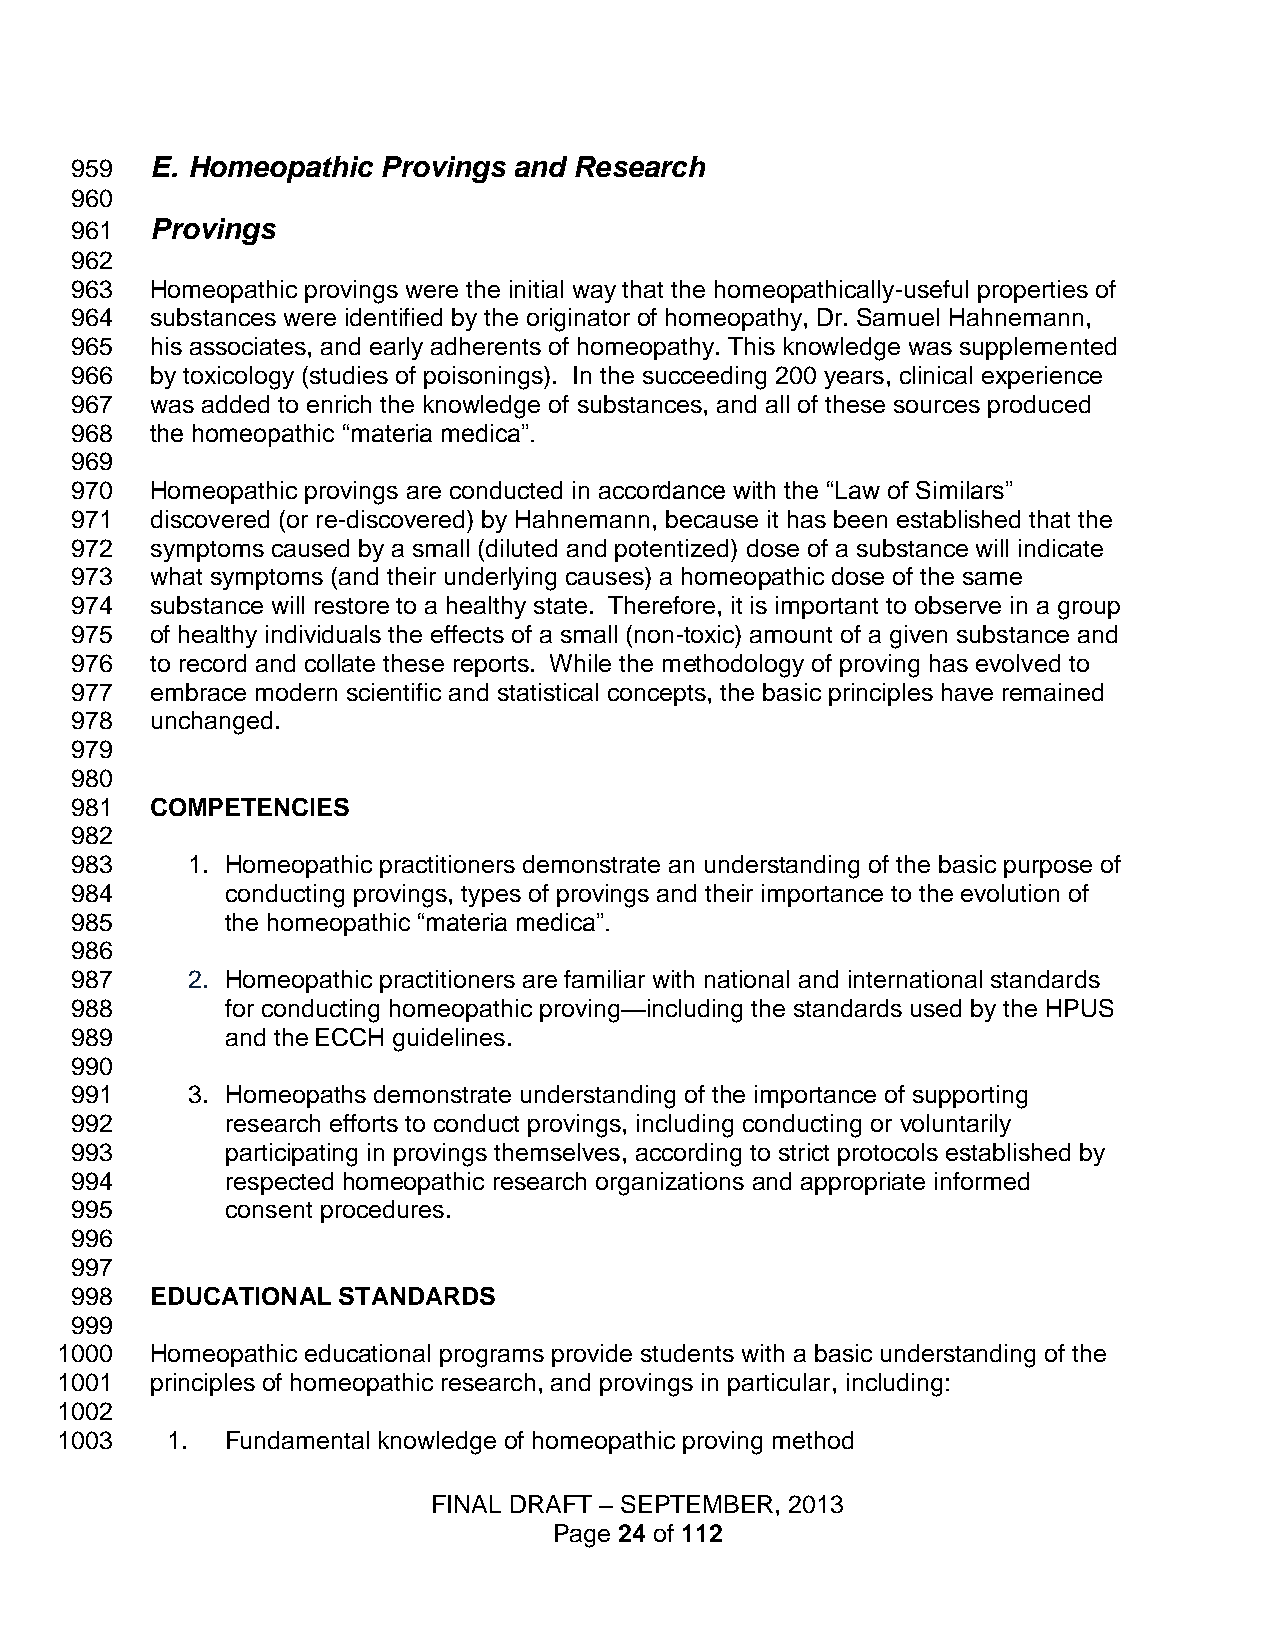
959  E. Homeopathic Provings and Research
 960
 961  Provings
 962
 963  Homeopathic provings were the initial way that the homeopathically-useful properties of
 964  substances were identified by the originator of homeopathy, Dr. Samuel Hahnemann,
 965  his associates, and early adherents of homeopathy. This knowledge was supplemented
 966  by toxicology (studies of poisonings). In the succeeding 200 years, clinical experience
 967  was added to enrich the knowledge of substances, and all of these sources produced
 968  the homeopathic “materia medica”.
 969
 970  Homeopathic provings are conducted in accordance with the “Law of Similars”
 971  discovered (or re-discovered) by Hahnemann, because it has been established that the
 972  symptoms caused by a small (diluted and potentized) dose of a substance will indicate
 973  what symptoms (and their underlying causes) a homeopathic dose of the same
 974  substance will restore to a healthy state. Therefore, it is important to observe in a group
 975  of healthy individuals the effects of a small (non-toxic) amount of a given substance and
 976  to record and collate these reports. While the methodology of proving has evolved to
 977  embrace modern scientific and statistical concepts, the basic principles have remained
 978  unchanged.
 979
 980
 981  COMPETENCIES
 982
 983    1. Homeopathic practitioners demonstrate an understanding of the basic purpose of
 984       conducting provings, types of provings and their importance to the evolution of
 985       the homeopathic “materia medica”.
 986
 987    2. Homeopathic practitioners are familiar with national and international standards
 988       for conducting homeopathic proving—including the standards used by the HPUS
 989       and the ECCH guidelines.
 990
 991    3. Homeopaths demonstrate understanding of the importance of supporting
 992       research efforts to conduct provings, including conducting or voluntarily
 993       participating in provings themselves, according to strict protocols established by
 994       respected homeopathic research organizations and appropriate informed
 995       consent procedures.
 996
 997
 998  EDUCATIONAL STANDARDS
 999
 1000  Homeopathic educational programs provide students with a basic understanding of the
 1001  principles of homeopathic research, and provings in particular, including:
 1002
 1003   1.  Fundamental knowledge of homeopathic proving method
 FINAL DRAFT – SEPTEMBER, 2013
 Page 24 of 112